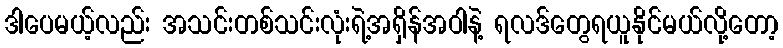
ဒါပေမယ့်လည်း အသင်းတစ်သင်းလုံးရဲ့အရှိန်အဝါနဲ့ ရလဒ်တွေရယူနိုင်မယ်လို့တော့